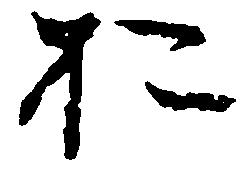
於